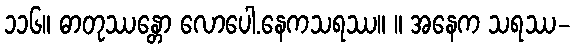
၁၁၆။ ဓာတုဿန္တော လောပေါ.နေကသရဿ။ ။ အနေက သရဿ-